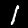
Digit: 1